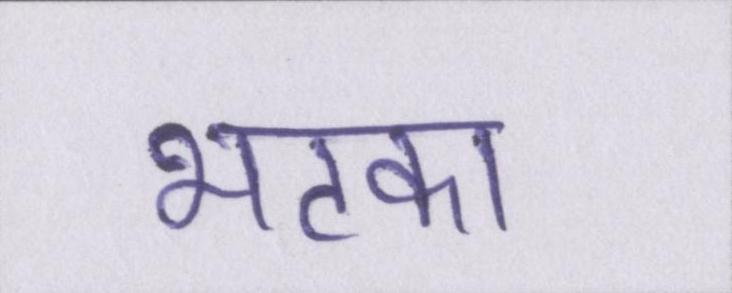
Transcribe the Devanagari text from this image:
भटका